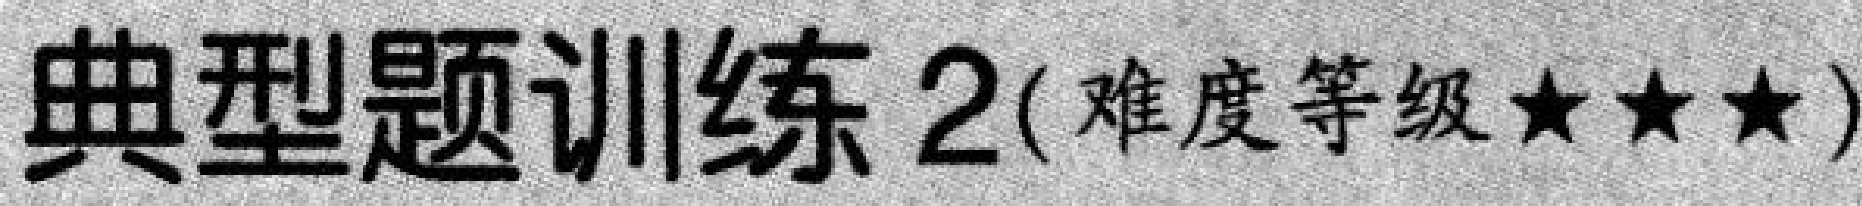
典型题训练 2(难度等级$\star\star\star$)